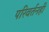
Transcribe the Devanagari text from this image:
परिवर्तनही